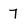
Character: 7